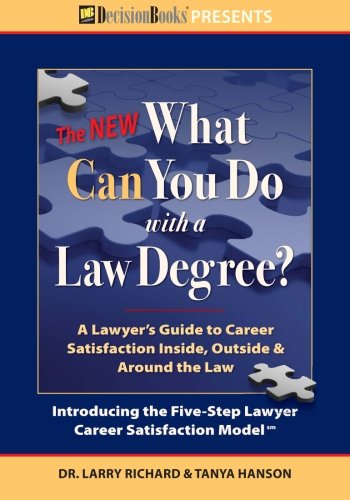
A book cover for The New What Can You Do with a Law Degree: A Lawyer's Guide to Career Satisfaction Inside, Outside & Around the Law; Larry Richard; Law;